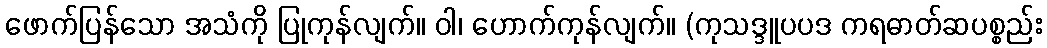
ဖောက်ပြန်သော အသံကို ပြုကုန်လျက်။ ဝါ၊ ဟောက်ကုန်လျက်။ (ကုသဒ္ဒူပပဒ ကရဓာတ်ဆပစ္စည်း